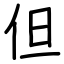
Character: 但